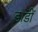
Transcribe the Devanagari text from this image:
डाडीं